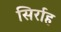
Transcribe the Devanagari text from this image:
सिर्राह